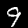
Label: 9